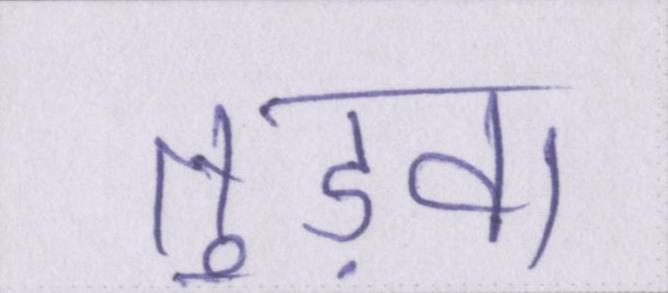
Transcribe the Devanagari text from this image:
तुड़वा